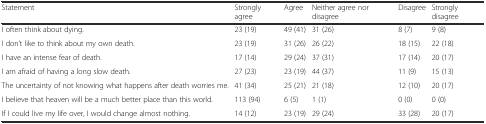
<table><thead><tr><td><b>Statement</b></td><td><b>Strongly agree</b></td><td><b>Agree</b></td><td><b>Neither agree nor disagree</b></td><td><b>Disagree</b></td><td><b>Strongly disagree</b></td></tr></thead><tbody><tr><td>I often think about dying.</td><td>23 (19)</td><td>49 (41)</td><td>31 (26)</td><td>8 (7)</td><td>9 (8)</td></tr><tr><td>I don’t like to think about my own death.</td><td>23 (19)</td><td>31 (26)</td><td>26 (22)</td><td>18 (15)</td><td>22 (18)</td></tr><tr><td>I have an intense fear of death.</td><td>17 (14)</td><td>29 (24)</td><td>37 (31)</td><td>17 (14)</td><td>20 (17)</td></tr><tr><td>I am afraid of having a long slow death.</td><td>27 (23)</td><td>23 (19)</td><td>44 (37)</td><td>11 (9)</td><td>15 (13)</td></tr><tr><td>The uncertainty of not knowing what happens after death worries me.</td><td>41 (34)</td><td>25 (21)</td><td>21 (18)</td><td>12 (10)</td><td>20 (17)</td></tr><tr><td>I believe that heaven will be a much better place than this world.</td><td>113 (94)</td><td>6 (5)</td><td>1 (1)</td><td>0 (0)</td><td>0 (0)</td></tr><tr><td>If I could live my life over, I would change almost nothing.</td><td>14 (12)</td><td>23 (19)</td><td>29 (24)</td><td>33 (28)</td><td>20 (17)</td></tr></tbody></table>